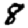
Digit: 8